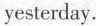
yesterday.